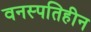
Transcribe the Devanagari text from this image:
वनस्पतिहीन